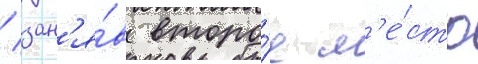
/ зан'я́в второ́е м'е́сто